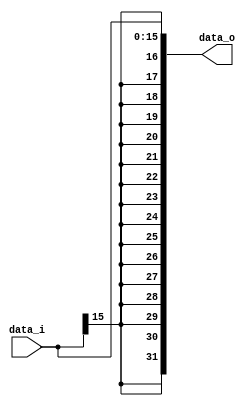
//Subject:     LAB4
//--------------------------------------------------------------------------------
//Version:     1
//--------------------------------------------------------------------------------
//Writer:      
//----------------------------------------------
//----------------------------------------------
//Description:
//--------------------------------------------------------------------------------

module Sign_Extend(
    data_i,
    data_o
  );

  //I/O ports
  input   [16-1:0] data_i;
  output  [32-1:0] data_o;

  //Internal Signals
  reg     [32-1:0] data_o;

  //Sign extended
  always @(*)
  begin
    data_o <= {{16{data_i[16-1]}},data_i};
  end
endmodule